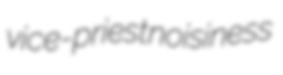
vice-priest noisiness